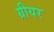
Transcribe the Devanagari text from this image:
ग्रीयर